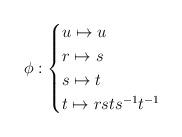
LaTeX: \begin{align*} \phi : \begin{cases} u \mapsto u \\ r \mapsto s \\ s \mapsto t \\ t \mapsto rsts^{-1} t^{-1} \end{cases}\end{align*}